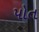
પોત